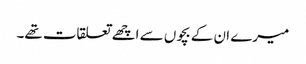
میرے ان کے بچوں سے اچھے تعلقات تھے۔